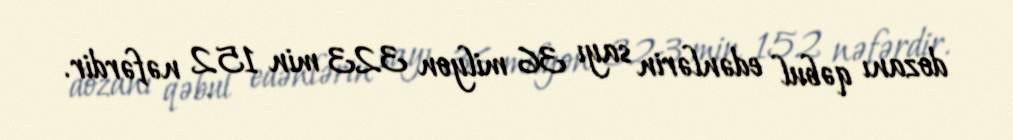
dozanı qəbul edənlərin sayı 36 milyon 323 min 152 nəfərdir.